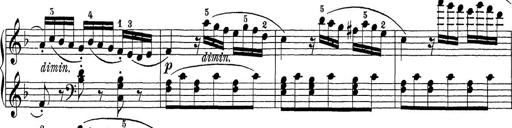
Title: Sonatina Album
Composer: Louis KÃ¶hler